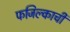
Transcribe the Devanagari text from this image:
फजिल्काची